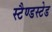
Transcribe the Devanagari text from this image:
स्टैण्डस्टेड